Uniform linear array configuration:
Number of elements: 64
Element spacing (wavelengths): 0.5
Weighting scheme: exponential
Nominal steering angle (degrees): -30
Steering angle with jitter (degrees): -31.338
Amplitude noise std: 0.05
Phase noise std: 0.05

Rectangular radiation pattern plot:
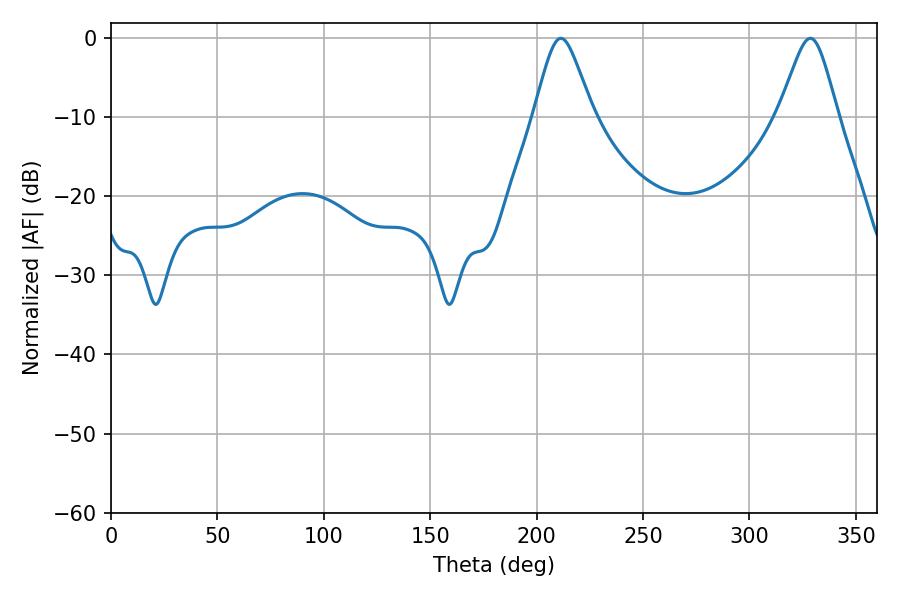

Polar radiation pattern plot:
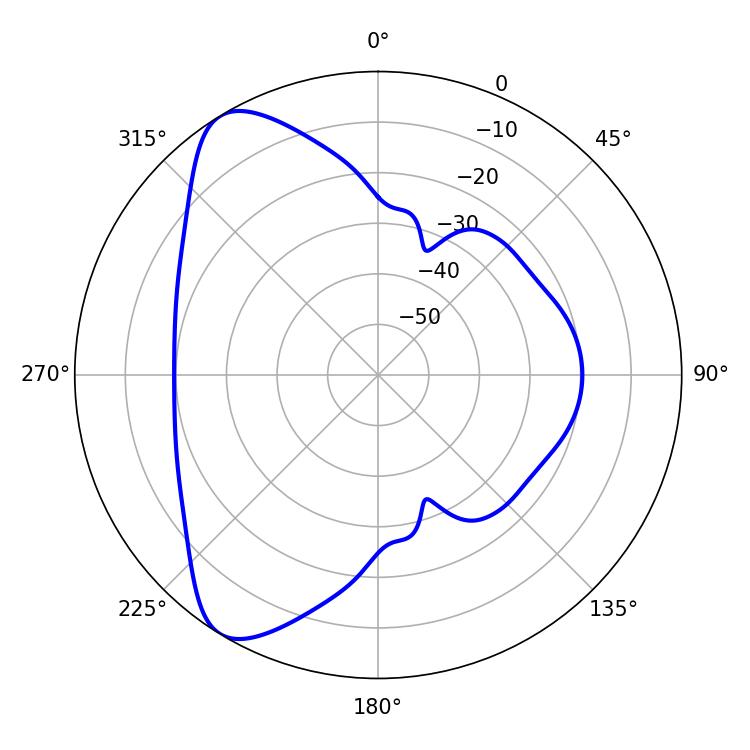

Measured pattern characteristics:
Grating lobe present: FALSE
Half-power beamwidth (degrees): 13.32
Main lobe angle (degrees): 211.32